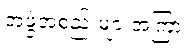
အဖွဲ့အစည်းများအကြား